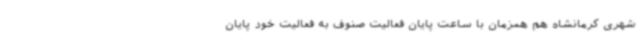
شهری کرمانشاه هم همزمان با ساعت پایان فعالیت صنوف به فعالیت خود پایان